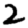
Digit: 2